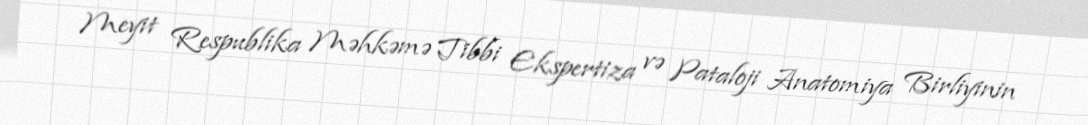
Meyit Respublika Məhkəmə Tibbi Ekspertiza və Pataloji Anatomiya Birliyinin